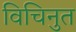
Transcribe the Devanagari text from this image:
विचिनुत